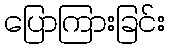
ပြောကြားခြင်း